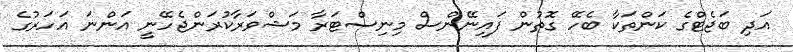
އަދި ބަޖެޓްގެ ކަންތަކާ ބެހޭ ގޮތުން ފައިނޭންސް މިނިސްޓަރާ މަޝްވަރާކުރަންޖެހޭނީ އަންނަ އަހަރުގެ